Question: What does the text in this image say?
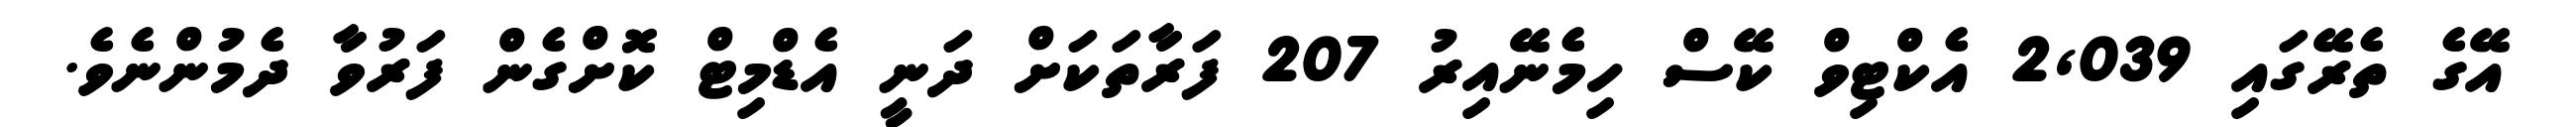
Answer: އޭގެ ތެރޭގައި 2,039 އެކްޓިވް ކޭސް ހިމެނޭއިރު 207 ފަރާތަކަށް ދަނީ އެޑްމިޓް ކޮށްގެން ފަރުވާ ދެމުންނެވެ.